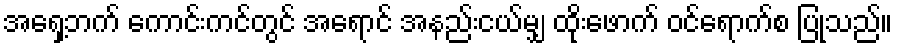
အရှေ့ဘက် ကောင်းကင်တွင် အရောင် အနည်းငယ်မျှ ထိုးဖောက် ဝင်ရောက်စ ပြုသည်။